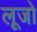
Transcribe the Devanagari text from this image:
लूजो